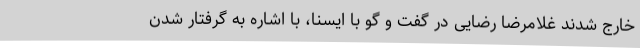
خارج شدند غلامرضا رضایی در گفت و گو با ایسنا، با اشاره به گرفتار شدن